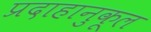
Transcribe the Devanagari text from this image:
प्रदाहानुकूल